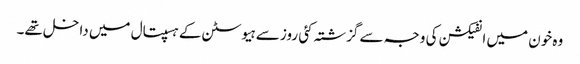
وہ خون میں انفیکشن کی وجہ سے گزشتہ کئی روز سے ہیوسٹن کے ہسپتال میں داخل تھے۔